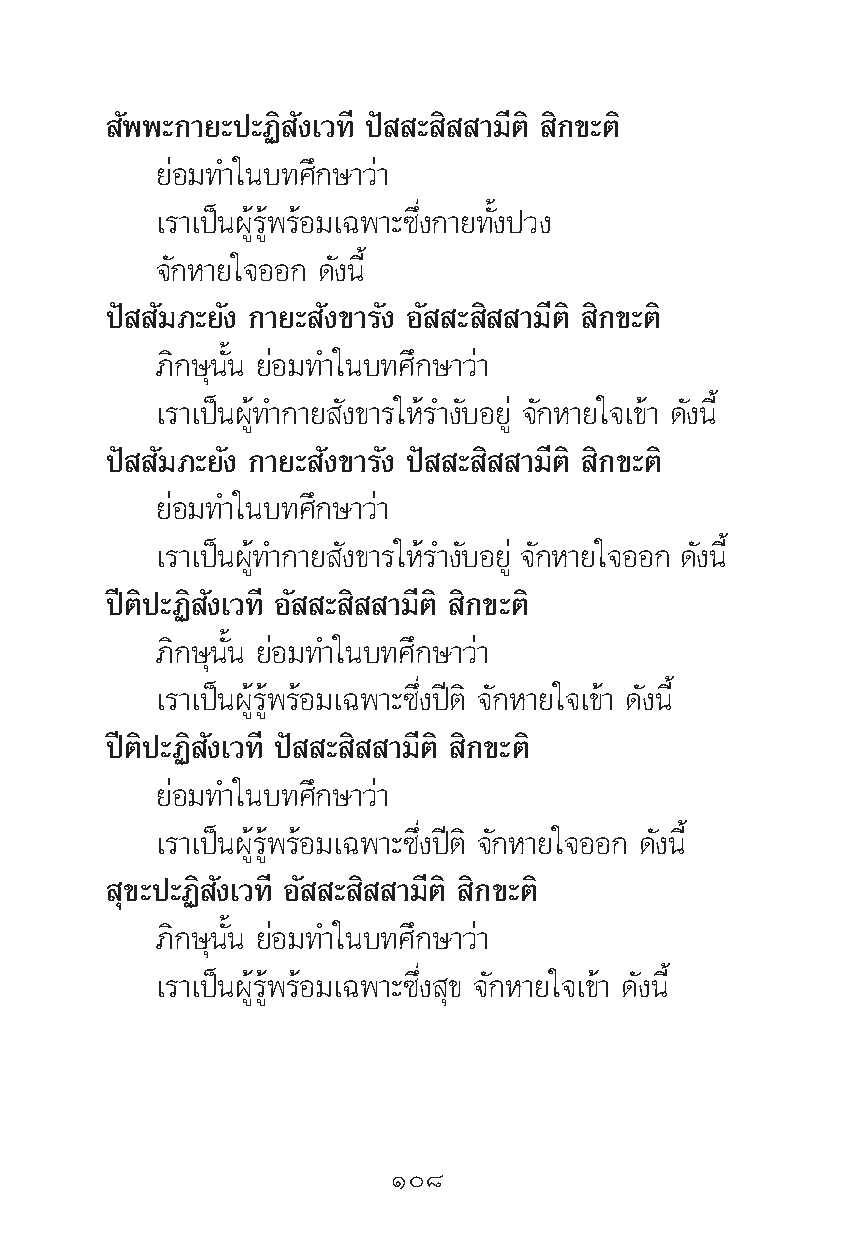
—ææ–°“¬–ª–Ø‘ —ß‡«∑’ ªí – ‘ “¡’μ‘ ‘°¢–μ‘
 ¬àÕ¡∑”„π∫∑»÷°…“«à“
 ‡√“‡ªìπºŸâ√Ÿâæ√âÕ¡‡©æ“–´÷Ëß°“¬∑—Èßª«ß
 ®—°À“¬„®ÕÕ° ¥—ßπ’È
 ªí —¡¿–¬—ß °“¬– —ß¢“√—ß Õ— – ‘ “¡’μ‘ ‘°¢–μ‘
 ¿‘°…ÿπ—Èπ ¬àÕ¡∑”„π∫∑»÷°…“«à“
 ‡√“‡ªìπºŸâ∑”°“¬ —ß¢“√„Àâ√”ß—∫Õ¬Ÿà ®—°À“¬„®‡¢â“ ¥—ßπ’È
 ªí —¡¿–¬—ß °“¬– —ß¢“√—ß ªí – ‘ “¡’μ‘ ‘°¢–μ‘
 ¬àÕ¡∑”„π∫∑»÷°…“«à“
 ‡√“‡ªìπºŸâ∑”°“¬ —ß¢“√„Àâ√”ß—∫Õ¬Ÿà ®—°À“¬„®ÕÕ° ¥—ßπ’È
 ªïμ‘ª–Ø‘ —ß‡«∑’ Õ— – ‘ “¡’μ‘ ‘°¢–μ‘
 ¿‘°…ÿπ—Èπ ¬àÕ¡∑”„π∫∑»÷°…“«à“
 ‡√“‡ªìπºŸâ√Ÿâæ√âÕ¡‡©æ“–´÷Ëßªïμ‘ ®—°À“¬„®‡¢â“ ¥—ßπ’È
 ªïμ‘ª–Ø‘ —ß‡«∑’ ªí – ‘ “¡’μ‘ ‘°¢–μ‘
 ¬àÕ¡∑”„π∫∑»÷°…“«à“
 ‡√“‡ªìπºŸâ√Ÿâæ√âÕ¡‡©æ“–´÷Ëßªïμ‘ ®—°À“¬„®ÕÕ° ¥—ßπ’È
 ÿ¢–ª–Ø‘ —ß‡«∑’ Õ— – ‘ “¡’μ‘ ‘°¢–μ‘
 ¿‘°…ÿπ—Èπ ¬àÕ¡∑”„π∫∑»÷°…“«à“
 ‡√“‡ªìπºŸâ√Ÿâæ√âÕ¡‡©æ“–´÷Ëß ÿ¢ ®—°À“¬„®‡¢â“ ¥—ßπ’È
 Ò¯